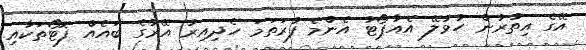
އޭގެ އިތުރުން ހުޅުލޭ އެއާޕޯޓު އެންމެ ފުރަތަމަ ހެދިއިރު އޭރުގެ ބައެއް ފޮޓޯތަކާއި